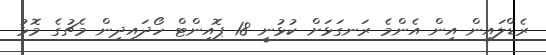
ރެޑްލައިން އިން އެންމެ ރަނގަޅަށް ކުޅުނީ 18 ޕޮއިންޓް ހޯދައިދިން މެޗުގެ މޮޅު